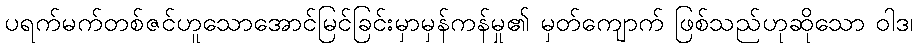
ပရက်မက်တစ်ဇင်ဟူသောအောင်မြင်ခြင်းမှာမှန်ကန်မှု၏ မှတ်ကျောက် ဖြစ်သည်ဟုဆိုသော ဝါဒ၊